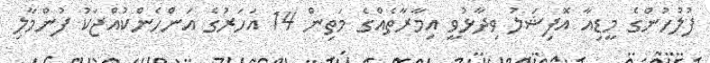
ފުލުހުންގެ މީޑިއާ އޮފިޝަލު ވިދާޅުވީ އިމާރާތެއްގެ މަތިން 14 އަހަރުގެ އަންހެންކުއްޖަކު ފުންމާލި